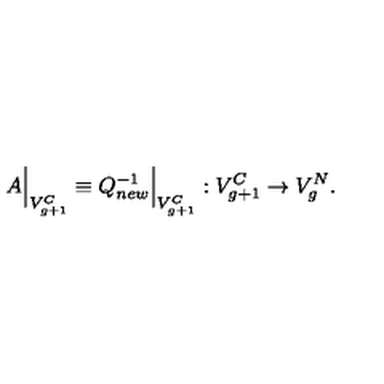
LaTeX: A \Bigr | _ { V _ { g + 1 } ^ { C } } \equiv Q _ { n e w } ^ { - 1 } \Bigr | _ { V _ { g + 1 } ^ { C } } : V _ { g + 1 } ^ { C } \to V _ { g } ^ { N } .